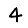
Digit: 4